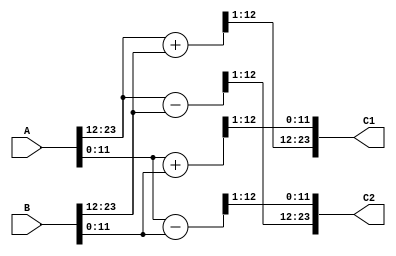
// butterfly module
// lattice   butterfly module , ( butterfly,   x)
//   8 point FFT .
module Butterfly(C1, C2, A, B);
    output signed[24-1:0] C1, C2; // C1 = A + B, C2 = B - A    test vecot  . =>    .
    input signed[24-1:0] A, B; // A = A_r + j*A_i, B = B_r + j*B_i

    wire signed[12-1:0] A_r, A_i, B_r, B_i;  // A, B    signed bit ,
    wire signed[13-1:0] C1_r, C1_i, C2_r, C2_i; // real, imaginary signed bit .

    assign A_r = A[24-1:12];  assign A_i = A[12-1:0];
    assign B_r = B[24-1:12];  assign B_i = B[12-1:0];
    assign C1_r = A_r + B_r;  assign C1_i = A_i + B_i;
    assign C2_r = A_r - B_r;  assign C2_i = A_i - B_i;

    wire signed[12-1:0] C1_rtmp, C1_itmp, C2_rtmp, C2_itmp;

    assign C1_rtmp = C1_r[13-1:1]; assign C1_itmp = C1_i[13-1:1];
    assign C2_rtmp = C2_r[13-1:1]; assign C2_itmp = C2_i[13-1:1];

    assign C1 = {C1_rtmp, C1_itmp}; assign C2 = {C2_rtmp, C2_itmp};


endmodule